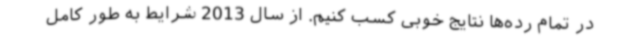
در تمام رده‌ها نتایج خوبی کسب کنیم. از سال 2013 شرایط به طور کامل